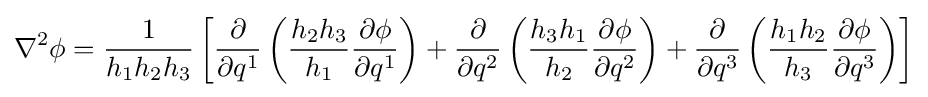
\nabla ^{2}\phi ={\frac {1}{h_{1}h_{2}h_{3}}}\left[{\frac {\partial }{\partial q^{1}}}\left({\frac {h_{2}h_{3}}{h_{1}}}{\frac {\partial \phi }{\partial q^{1}}}\right)+{\frac {\partial }{\partial q^{2}}}\left({\frac {h_{3}h_{1}}{h_{2}}}{\frac {\partial \phi }{\partial q^{2}}}\right)+{\frac {\partial }{\partial q^{3}}}\left({\frac {h_{1}h_{2}}{h_{3}}}{\frac {\partial \phi }{\partial q^{3}}}\right)\right]